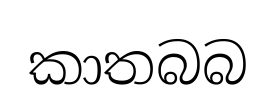
කාතබබ